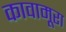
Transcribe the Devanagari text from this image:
कावामूरा